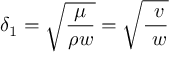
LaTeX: \delta _ { 1 } = { \sqrt { \frac { \mu } { \rho w } } } = { \sqrt { \frac { \ v } { \ w } } }